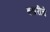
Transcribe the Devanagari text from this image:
बखरीचे